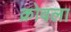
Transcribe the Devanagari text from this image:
क्रोवला